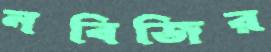
নবিজির